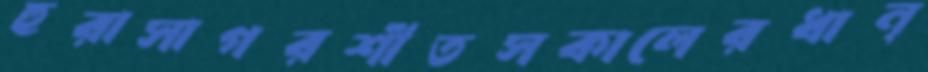
হুরাসাগরশীতসকালেরধান্